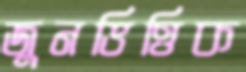
জুনভিত্তিক